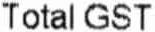
TOTAL GST